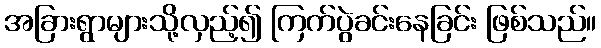
အခြားရွာများသို့လှည့်၍ ကြက်ပွဲခင်းနေခြင်း ဖြစ်သည်။